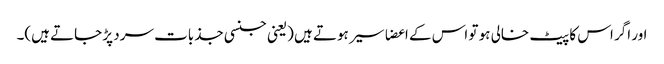
اور اگر اس کا پیٹ خالی ہو تو اس کے اعضا سیر ہوتے ہیں (یعنی جنسی جذبات سرد پڑ جاتے ہیں)۔